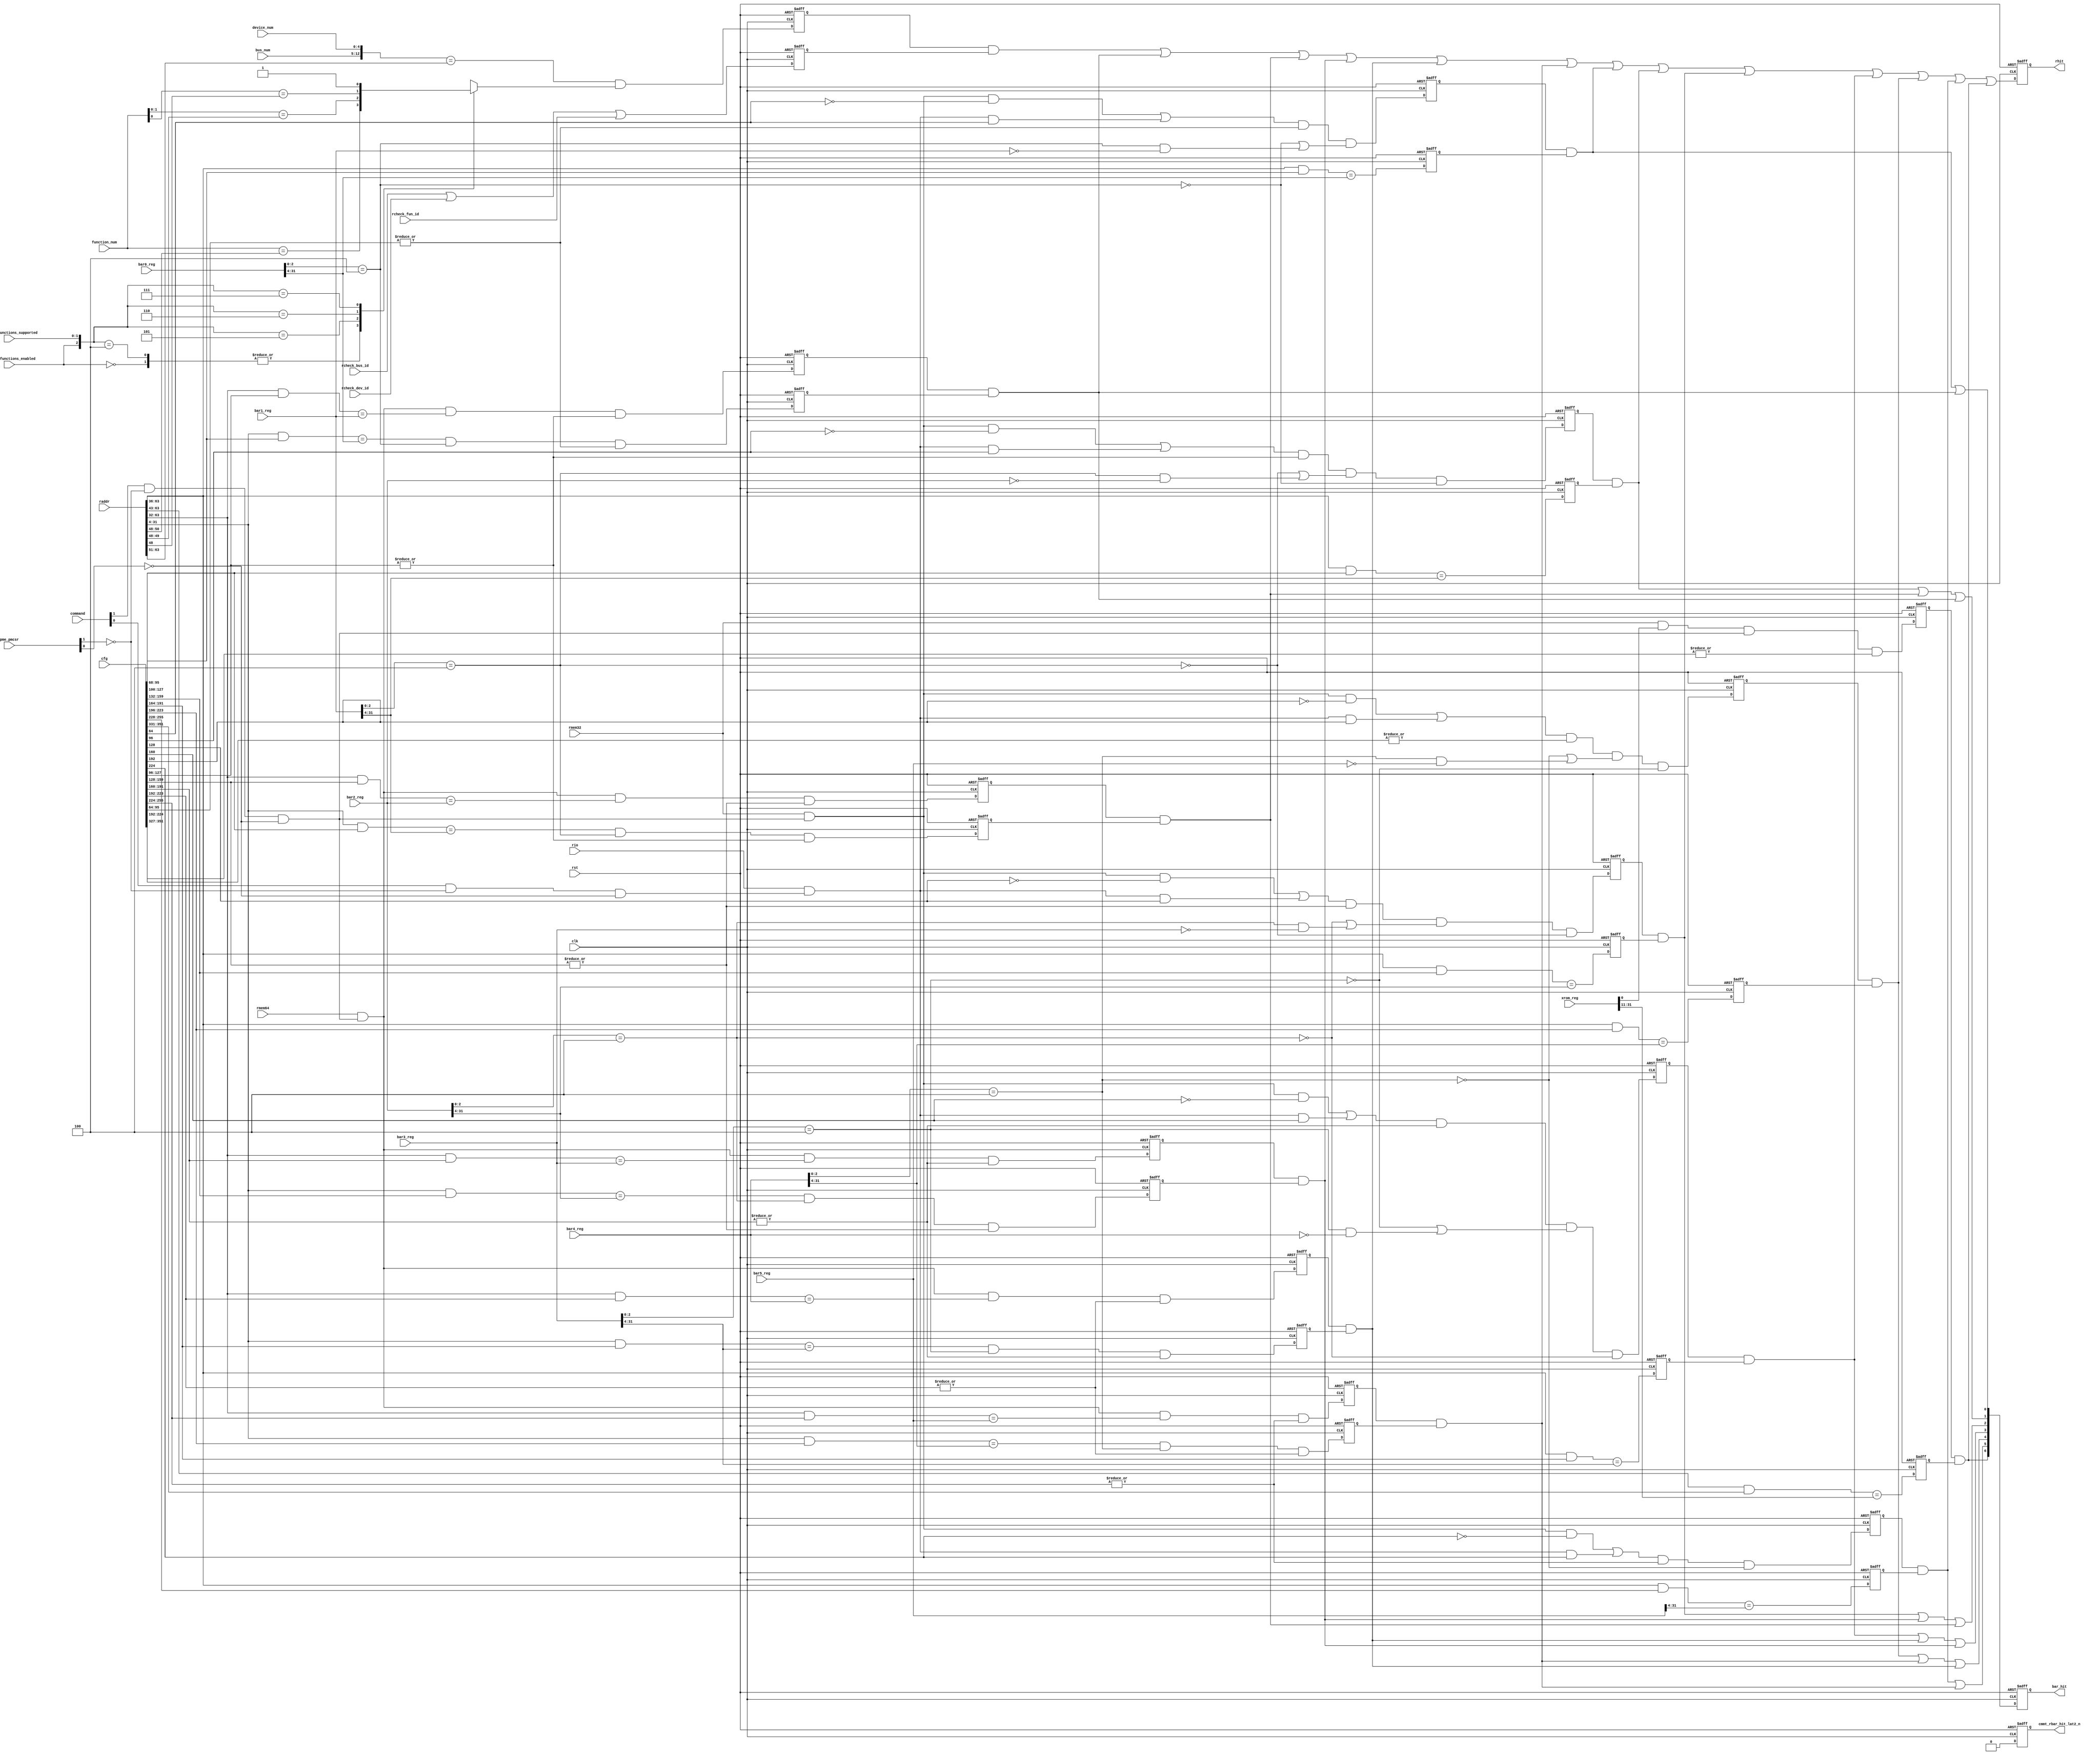

//-----------------------------------------------------------------------------
//
// (c) Copyright 2009-2010 Xilinx, Inc. All rights reserved.
//
// This file contains confidential and proprietary information
// of Xilinx, Inc. and is protected under U.S. and
// international copyright and other intellectual property
// laws.
//
// DISCLAIMER
// This disclaimer is not a license and does not grant any
// rights to the materials distributed herewith. Except as
// otherwise provided in a valid license issued to you by
// Xilinx, and to the maximum extent permitted by applicable
// law: (1) THESE MATERIALS ARE MADE AVAILABLE "AS IS" AND
// WITH ALL FAULTS, AND XILINX HEREBY DISCLAIMS ALL WARRANTIES
// AND CONDITIONS, EXPRESS, IMPLIED, OR STATUTORY, INCLUDING
// BUT NOT LIMITED TO WARRANTIES OF MERCHANTABILITY, NON-
// INFRINGEMENT, OR FITNESS FOR ANY PARTICULAR PURPOSE; and
// (2) Xilinx shall not be liable (whether in contract or tort,
// including negligence, or under any other theory of
// liability) for any loss or damage of any kind or nature
// related to, arising under or in connection with these
// materials, including for any direct, or any indirect,
// special, incidental, or consequential loss or damage
// (including loss of data, profits, goodwill, or any type of
// loss or damage suffered as a result of any action brought
// by a third party) even if such damage or loss was
// reasonably foreseeable or Xilinx had been advised of the
// possibility of the same.
//
// CRITICAL APPLICATIONS
// Xilinx products are not designed or intended to be fail-
// safe, or for use in any application requiring fail-safe
// performance, such as life-support or safety devices or
// systems, Class III medical devices, nuclear facilities,
// applications related to the deployment of airbags, or any
// other applications that could lead to death, personal
// injury, or severe property or environmental damage
// (individually and collectively, "Critical
// Applications"). Customer assumes the sole risk and
// liability of any use of Xilinx products in Critical
// Applications, subject only to applicable laws and
// regulations governing limitations on product liability.
//
// THIS COPYRIGHT NOTICE AND DISCLAIMER MUST BE RETAINED AS
// PART OF THIS FILE AT ALL TIMES.
//
//-----------------------------------------------------------------------------
// Project    : V5-Block Plus for PCI Express
//--------------------------------------------------------------------------------
//--------------------------------------------------------------------------------

module cmm_decoder (
                raddr,
                rmem32,
                rmem64,
                rio,
                rcheck_bus_id,
                rcheck_dev_id,
                rcheck_fun_id,

                rhit,
                bar_hit,
                cmmt_rbar_hit_lat2_n,

                command,
                bar0_reg,
                bar1_reg,
                bar2_reg,
                bar3_reg,
                bar4_reg,
                bar5_reg,
                xrom_reg,
                pme_pmcsr,

                bus_num,
                device_num,
                function_num,

                phantom_functions_supported,
                phantom_functions_enabled,

                cfg,
                rst,
                clk
                );

  parameter Tcq = 1;

  input  [63:0] raddr;
  input         rmem32;
  input         rmem64;
  input         rio;
  input         rcheck_bus_id;
  input         rcheck_dev_id;
  input         rcheck_fun_id;
  output        rhit;
  output [6:0]  bar_hit;
  output        cmmt_rbar_hit_lat2_n;
  input  [15:0] command;
  input  [31:0] bar0_reg;
  input  [31:0] bar1_reg;
  input  [31:0] bar2_reg;
  input  [31:0] bar3_reg;
  input  [31:0] bar4_reg;
  input  [31:0] bar5_reg;
  input  [31:0] xrom_reg;
  input  [15:0] pme_pmcsr;
  input   [7:0] bus_num;
  input   [4:0] device_num;
  input   [2:0] function_num;
  input [671:0] cfg;
  input         rst;
  input         clk;
  input   [1:0] phantom_functions_supported;
  input         phantom_functions_enabled;

  reg        rhit;
  reg [6:0]  bar_hit;
  reg        cmmt_rbar_hit_lat2_n;

wire allow_mem;
wire allow_io;
wire bar01_64;
wire bar12_64;
wire bar23_64;
wire bar34_64;
wire bar45_64;

assign allow_mem = command[1] & !pme_pmcsr[1] & !pme_pmcsr[0]; 
assign allow_io = command[0] & !pme_pmcsr[1] & !pme_pmcsr[0]; 

// 64 bit programmability built into bar registers

assign bar01_64 = (bar0_reg[2:0] == 3'b100); 
assign bar12_64 = (bar1_reg[2:0] == 3'b100); 
assign bar23_64 = (bar2_reg[2:0] == 3'b100); 
assign bar34_64 = (bar3_reg[2:0] == 3'b100); 
assign bar45_64 = (bar4_reg[2:0] == 3'b100); 

// 32 bits bar hits

wire bar0_32_hit; 
wire bar1_32_hit; 
wire bar2_32_hit; 
wire bar3_32_hit; 
wire bar4_32_hit; 
wire bar5_32_hit; 
wire bar6_32_hit; 
reg  bar0_32_hit_nc; 
reg  bar1_32_hit_nc; 
reg  bar2_32_hit_nc; 
reg  bar3_32_hit_nc; 
reg  bar4_32_hit_nc; 
reg  bar5_32_hit_nc; 
reg  bar6_32_hit_nc; 
reg  bar0_eq_raddr;
reg  bar1_eq_raddr;
reg  bar2_eq_raddr;
reg  bar3_eq_raddr;
reg  bar4_eq_raddr;
reg  bar5_eq_raddr;
reg  bar6_eq_raddr;

always @(posedge clk or posedge rst) begin
   if (rst) begin
      bar0_eq_raddr  <= #Tcq 0;
      bar1_eq_raddr  <= #Tcq 0;
      bar2_eq_raddr  <= #Tcq 0;
      bar3_eq_raddr  <= #Tcq 0;
      bar4_eq_raddr  <= #Tcq 0;
      bar5_eq_raddr  <= #Tcq 0;
      bar6_eq_raddr  <= #Tcq 0;
      bar0_32_hit_nc <= #Tcq  0;  
      bar1_32_hit_nc <= #Tcq  0;  
      bar2_32_hit_nc <= #Tcq  0;  
      bar3_32_hit_nc <= #Tcq  0;  
      bar4_32_hit_nc <= #Tcq  0;  
      bar5_32_hit_nc <= #Tcq  0;  
      bar6_32_hit_nc <= #Tcq  0;  
   end
   else begin
      bar0_eq_raddr <= #Tcq ((raddr[63:36] & cfg[95:68])   == bar0_reg[31:4]);
      bar1_eq_raddr <= #Tcq ((raddr[63:36] & cfg[127:100]) == bar1_reg[31:4]);
      bar2_eq_raddr <= #Tcq ((raddr[63:36] & cfg[159:132]) == bar2_reg[31:4]);
      bar3_eq_raddr <= #Tcq ((raddr[63:36] & cfg[191:164]) == bar3_reg[31:4]);
      bar4_eq_raddr <= #Tcq ((raddr[63:36] & cfg[223:196]) == bar4_reg[31:4]);
      bar5_eq_raddr <= #Tcq ((raddr[63:36] & cfg[255:228]) == bar5_reg[31:4]);
      bar6_eq_raddr <= #Tcq ((raddr[63:43] & cfg[351:331]) == xrom_reg[31:11]);
      bar0_32_hit_nc <= #Tcq  ((rmem32 & allow_mem & !cfg[64]) | (rio & allow_io & cfg[64])) & (|cfg[95:64]) &
                            (!bar01_64 | (bar01_64 && (bar1_reg == 0))); 

      bar1_32_hit_nc <= #Tcq  ((rmem32 & allow_mem & !cfg[96]) | (rio & allow_io & cfg[96])) & (|cfg[127:96]) & 
                            (!bar12_64 | (bar12_64 && (bar2_reg == 0))) & (!bar01_64);

      bar2_32_hit_nc <= #Tcq  ((rmem32 & allow_mem & !cfg[128]) | (rio & allow_io & cfg[128])) & (|cfg[159:128]) & 
                            (!bar23_64 | (bar23_64 && (bar3_reg == 0))) & (!bar12_64);

      bar3_32_hit_nc <= #Tcq  ((rmem32 & allow_mem & !cfg[160]) | (rio & allow_io & cfg[160])) & (|cfg[191:160]) & 
                            (!bar34_64 | (bar34_64 && (bar4_reg == 0))) & (!bar23_64);

      bar4_32_hit_nc <= #Tcq  ((rmem32 & allow_mem & !cfg[192]) | (rio & allow_io & cfg[192])) & (|cfg[224:192]) & 
                            (!bar45_64 | (bar45_64 && (bar5_reg == 0))) & (!bar34_64);

      bar5_32_hit_nc <= #Tcq  (((rmem32 & allow_mem & !cfg[224]) | (rio & allow_io & cfg[224])) & (|cfg[255:224]) & 
                            !bar45_64); 

      bar6_32_hit_nc <= #Tcq   (rmem32 & xrom_reg[0] & allow_mem) & |cfg[351:327];
   end
end

assign  bar0_32_hit = bar0_32_hit_nc & bar0_eq_raddr;
assign  bar1_32_hit = bar1_32_hit_nc & bar1_eq_raddr;
assign  bar2_32_hit = bar2_32_hit_nc & bar2_eq_raddr;
assign  bar3_32_hit = bar3_32_hit_nc & bar3_eq_raddr;
assign  bar4_32_hit = bar4_32_hit_nc & bar4_eq_raddr;
assign  bar5_32_hit = bar5_32_hit_nc & bar5_eq_raddr;
assign  bar6_32_hit = bar6_32_hit_nc & bar6_eq_raddr;


// 64 bit bar hits

reg   bar01_64_hit_low; 
reg   bar12_64_hit_low; 
reg   bar23_64_hit_low; 
reg   bar34_64_hit_low; 
reg   bar45_64_hit_low; 

reg   bar01_64_hit_high; 
reg   bar12_64_hit_high; 
reg   bar23_64_hit_high; 
reg   bar34_64_hit_high; 
reg   bar45_64_hit_high; 


wire  bar01_64_hit; 
wire  bar12_64_hit; 
wire  bar23_64_hit; 
wire  bar34_64_hit; 
wire  bar45_64_hit; 

assign  bar01_64_hit = bar01_64_hit_low &&  bar01_64_hit_high; 
assign  bar12_64_hit = bar12_64_hit_low &&  bar12_64_hit_high; 
assign  bar23_64_hit = bar23_64_hit_low &&  bar23_64_hit_high; 
assign  bar34_64_hit = bar34_64_hit_low &&  bar34_64_hit_high; 
assign  bar45_64_hit = bar45_64_hit_low &&  bar45_64_hit_high; 

always @(posedge clk or posedge rst) begin
   if (rst) begin
      bar01_64_hit_low  <= #Tcq  0; 
      bar01_64_hit_high <= #Tcq  0; 
      bar12_64_hit_low  <= #Tcq  0; 
      bar12_64_hit_high <= #Tcq  0; 
      bar23_64_hit_low  <= #Tcq  0; 
      bar23_64_hit_high <= #Tcq  0; 
      bar34_64_hit_low  <= #Tcq  0; 
      bar34_64_hit_high <= #Tcq  0; 
      bar45_64_hit_low  <= #Tcq  0; 
      bar45_64_hit_high <= #Tcq  0; 
   end
   else begin
      bar01_64_hit_low  <= #Tcq  (rmem64 & allow_mem) & ((raddr[63:32] & cfg[127:96]) == bar1_reg[31:0]) & |cfg[127:96]; 
      bar01_64_hit_high <= #Tcq  ((raddr[31:4] & cfg[95:68]) == bar0_reg[31:4]) &  bar01_64 & |cfg[95:64]; 

      bar12_64_hit_low  <= #Tcq  (rmem64 & allow_mem) & ((raddr[63:32] & cfg[159:128]) == bar2_reg[31:0]) & |cfg[159:128]; 
      bar12_64_hit_high <= #Tcq  ((raddr[31:4] & cfg[127:100]) == bar1_reg[31:4]) &  bar12_64 & |cfg[127:96]; 

      bar23_64_hit_low  <= #Tcq  (rmem64 & allow_mem) & ((raddr[63:32] & cfg[191:160]) == bar3_reg[31:0]) & |cfg[191:160];
      bar23_64_hit_high <= #Tcq  ((raddr[31:4] & cfg[159:132]) == bar2_reg[31:4]) &  bar23_64 & |cfg[159:128]; 

      bar34_64_hit_low  <= #Tcq  (rmem64 & allow_mem) & ((raddr[63:32] & cfg[223:192]) == bar4_reg[31:0]) & |cfg[223:192];
      bar34_64_hit_high <= #Tcq  ((raddr[31:4] & cfg[191:164]) == bar3_reg[31:4]) &  bar34_64 & |cfg[191:160]; 

      bar45_64_hit_low  <= #Tcq  (rmem64 & allow_mem) & ((raddr[63:32] & cfg[255:224]) == bar5_reg[31:0]) & |cfg[255:224];
      bar45_64_hit_high <= #Tcq  ((raddr[31:4] & cfg[223:196]) == bar4_reg[31:4]) &  bar45_64 & |cfg[223:192]; 
   end
end

// bdf hit

reg bdf_hit;
reg bdf_check;
reg phantom_function_check;

always @* begin
   casex ({phantom_functions_enabled, phantom_functions_supported})
   3'b0xx : phantom_function_check = (function_num[2:0] == raddr[50:48]);
   3'b100 : phantom_function_check = (function_num[2:0] == raddr[50:48]);
   3'b101 : phantom_function_check = (function_num[1:0] == raddr[49:48]);
   3'b110 : phantom_function_check = (function_num[0]   == raddr[48]);
   3'b111 : phantom_function_check = 1;
   default: phantom_function_check = (function_num[2:0] == raddr[50:48]);
   endcase
end

always @(posedge clk or posedge rst)
begin
   if (rst) begin 
       bdf_hit   <= #Tcq  0; 
       bdf_check <= #Tcq  0; 
   end else begin
       bdf_hit <= #Tcq  ({bus_num,device_num} == raddr[63:51]) && phantom_function_check;
       bdf_check <= #Tcq  rcheck_bus_id | rcheck_dev_id | rcheck_fun_id; 
   end
end


always@(posedge clk or posedge rst) 
begin
   if (rst) begin
      rhit <= #Tcq  0;
   end
   else begin
      rhit <= #Tcq  (bdf_hit && bdf_check) | bar01_64_hit | bar12_64_hit | 
                 bar23_64_hit | bar34_64_hit | bar45_64_hit |
                 bar0_32_hit | bar1_32_hit | bar2_32_hit | bar3_32_hit | 
                 bar4_32_hit | bar5_32_hit | bar6_32_hit;
   end
end

always@(posedge clk or posedge rst) 
begin
   if (rst) begin
      bar_hit[6:0] <= #Tcq 6'b000000;
      cmmt_rbar_hit_lat2_n <= #Tcq 0;
   end
   else begin
      bar_hit[0] <= #Tcq bar0_32_hit | bar01_64_hit;
      bar_hit[1] <= #Tcq bar1_32_hit | bar12_64_hit | bar01_64_hit;
      bar_hit[2] <= #Tcq bar2_32_hit | bar23_64_hit | bar12_64_hit;
      bar_hit[3] <= #Tcq bar3_32_hit | bar34_64_hit | bar23_64_hit;
      bar_hit[4] <= #Tcq bar4_32_hit | bar45_64_hit | bar34_64_hit;
      bar_hit[5] <= #Tcq bar5_32_hit | bar45_64_hit;
      bar_hit[6] <= #Tcq bar6_32_hit ;
      cmmt_rbar_hit_lat2_n <= #Tcq 0;
   end
end

endmodule